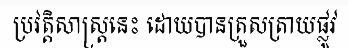
ប្រវត្តិសាស្ត្រនេះ ដោយបានត្រួសត្រាយផ្លូវ